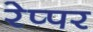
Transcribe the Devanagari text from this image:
रेप्पर